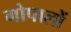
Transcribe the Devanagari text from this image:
गोपालों